Report on sanitation, dispensaries, and jails in Rajputana for 1921, and on vaccination for the year 1921-1922 - 1921-1922
Year: 1921
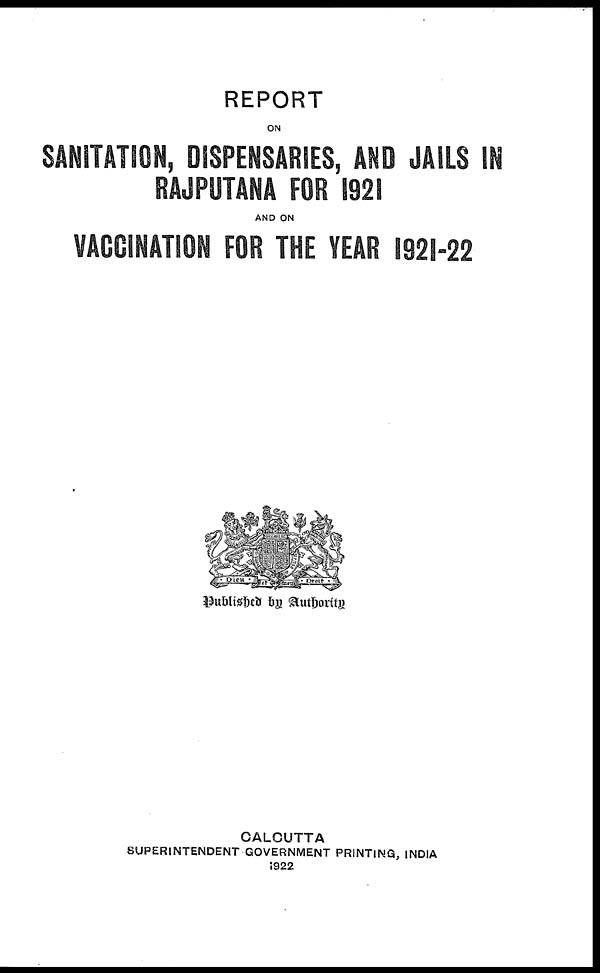
REPORT
ON
SANITATION, DISPENSARIES, AND JAILS IN
RAJPUTANA FOR 1921
AND ON
VACCINATION FOR THE YEAR 1921-22
Published by Authority
CALCUTTA
SUPERINTENDENT GOVERNMENT PRINTING, INDIA
1922